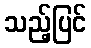
သည့်ပြင်